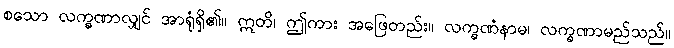
စသော လက္ခဏာလျှင် အာရုံရှိ၏။ ဣတိ၊ ဤကား အဖြေတည်း။ လက္ခဏံနာမ၊ လက္ခဏာမည်သည်။